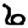
Digit: 6